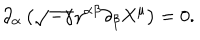
\partial _ { \alpha } \left( \sqrt { - \gamma } \gamma ^ { \alpha \beta } \partial _ { \beta } X ^ { \mu } \right) = 0 .